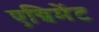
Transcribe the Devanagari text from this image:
एग्रिमेंट